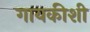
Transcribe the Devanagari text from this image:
गायकीशी